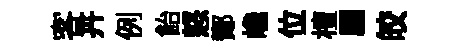
客卉例飴怒鄼巉位檀翩皎